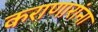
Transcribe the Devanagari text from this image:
कराणारांना